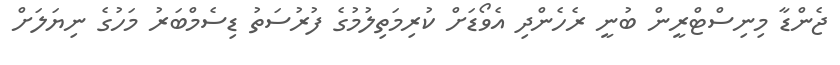
ޖެންޑާ މިނިސްޓްރީން ބުނީ ރެހެންދި އެވޯޑަށް ކުރިމަތިލުމުގެ ފުރުސަތު ޑިސެމްބަރު މަހުގެ ނިޔަލަށް